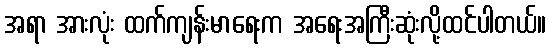
အရာ အားလုံး ထက်ကျန်းမာရေးက အရေးအကြီးဆုံးလို့ထင်ပါတယ်။